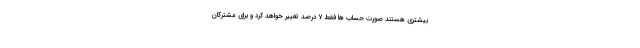
بیشتری هستند صورت حساب ها فقط ۷ درصد تغییر خواهد کرد و برای مشترکان